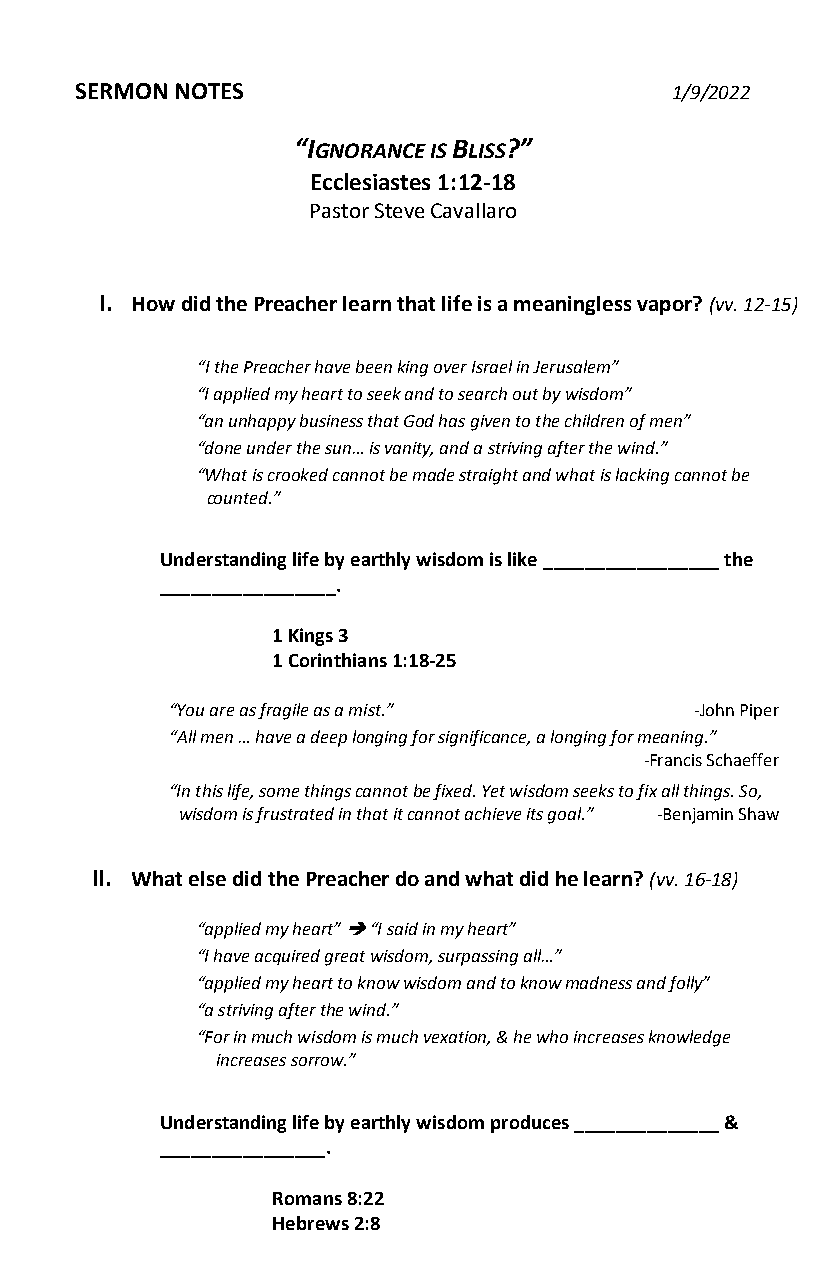
SERMON NOTES                           1/9/2022
 “IGNORANCE IS BLISS?”
 Ecclesiastes 1:12-18
 Pastor Steve Cavallaro
 I. How did the Preacher learn that life is a meaningless vapor? (vv. 12-15)
 “I the Preacher have been king over Israel in Jerusalem”
 “I applied my heart to seek and to search out by wisdom”
 “an unhappy business that God has given to the children of men”
 “done under the sun… is vanity, and a striving after the wind.”
 “What is crooked cannot be made straight and what is lacking cannot be
 counted.”
 Understanding life by earthly wisdom is like _________________ the
 _________________.
 1 Kings 3
 1 Corinthians 1:18-25
 “You are as fragile as a mist.”    -John Piper
 “All men … have a deep longing for significance, a longing for meaning.”
 -Francis Schaeffer
 “In this life, some things cannot be fixed. Yet wisdom seeks to fix all things. So,
 wisdom is frustrated in that it cannot achieve its goal.” -Benjamin Shaw
 II. What else did the Preacher do and what did he learn? (vv. 16-18)
 “applied my heart” ➔ “I said in my heart”
 “I have acquired great wisdom, surpassing all…”
 “applied my heart to know wisdom and to know madness and folly”
 “a striving after the wind.”
 “For in much wisdom is much vexation, & he who increases knowledge
 increases sorrow.”
 Understanding life by earthly wisdom produces ______________ &
 ________________.
 Romans 8:22
 Hebrews 2:8